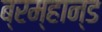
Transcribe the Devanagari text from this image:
ब्रम्हान्ड